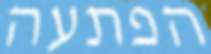
הפתעה